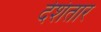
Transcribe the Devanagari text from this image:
देशंतार